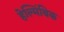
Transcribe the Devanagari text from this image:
हेल्मिंथिक